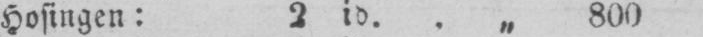
Hosingen: 2 id.. „ 800